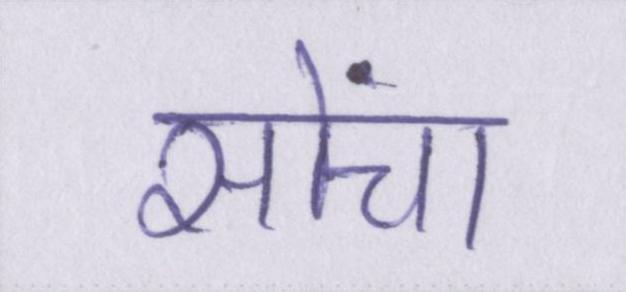
सोंचा